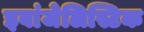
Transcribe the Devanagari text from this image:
इवांजेलिस्टिक